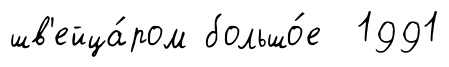
шв'ейца́ром большо́е 1991